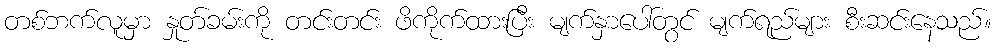
တစ်ဘက်လူမှာ နှုတ်ခမ်းကို တင်းတင်း ဖိကိုက်ထားပြီး မျက်နှာပေါ်တွင် မျက်ရည်များ စီးဆင်းနေသည်။